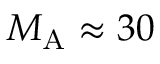
{ M _ { \mathrm { A } } } \approx 3 0